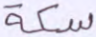
سكة